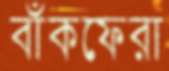
বাঁকফেরা